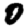
Digit: 0